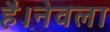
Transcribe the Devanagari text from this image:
है।नेवला